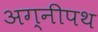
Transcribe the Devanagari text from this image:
अग्नीपथ